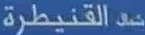
القنيطرة حد